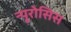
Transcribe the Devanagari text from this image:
न्यूरोसिस